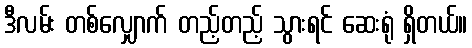
ဒီလမ်း တစ်လျှောက် တည့်တည့် သွားရင် ဆေးရုံ ရှိတယ်။